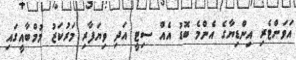
އަވަށްޓެރި އިންޑިޔާގެ އެންމެ ބޮޑު އެއް ސިޓީ އަދި ވިޔަފާރި މަރުކަޒު މުމްބާއީގައި